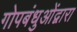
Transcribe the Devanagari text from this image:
गोपबंधुओंद्वारा